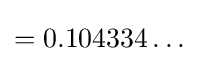
=0.104334\ldots